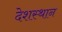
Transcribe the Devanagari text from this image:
देशस्थान